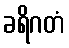
ခရိဂတံ